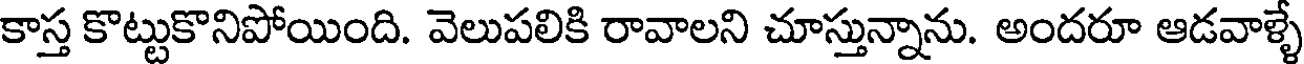
కాస్త కొట్టుకొనిపోయింది. వెలుపలికి రావాలని చూస్తున్నాను. అందరూ ఆడవాళ్ళే